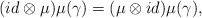
\begin{align*}(id \otimes \mu )\mu (\gamma)=(\mu \otimes id)\mu (\gamma), \end{align*}